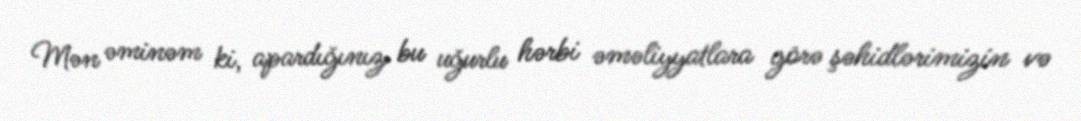
Mən əminəm ki, apardığınız bu uğurlu hərbi əməliyyatlara görə şəhidlərimizin və